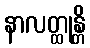
နာလတ္ထုန္တိ